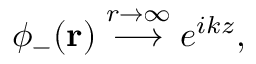
\phi _ { - } ( \mathbf { r } ) \; { \stackrel { r \to \infty } { \longrightarrow } } \; e ^ { i k z } ,